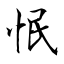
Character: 怋